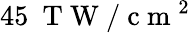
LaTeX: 45\ \mathrm{~T~W~}/\mathrm{~c~m~}^{2}